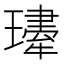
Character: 𤪆